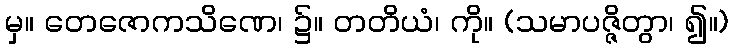
မှ။ တေဇောကသိဏေ၊ ၌။ တတိယံ၊ ကို။ (သမာပဇ္ဇိတွာ၊ ၍။)